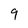
Character: 9